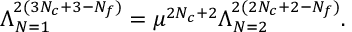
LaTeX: \Lambda _ { N = 1 } ^ { 2 ( 3 N _ { c } + 3 - N _ { f } ) } = \mu ^ { 2 N _ { c } + 2 } \Lambda _ { N = 2 } ^ { 2 ( 2 N _ { c } + 2 - N _ { f } ) } .